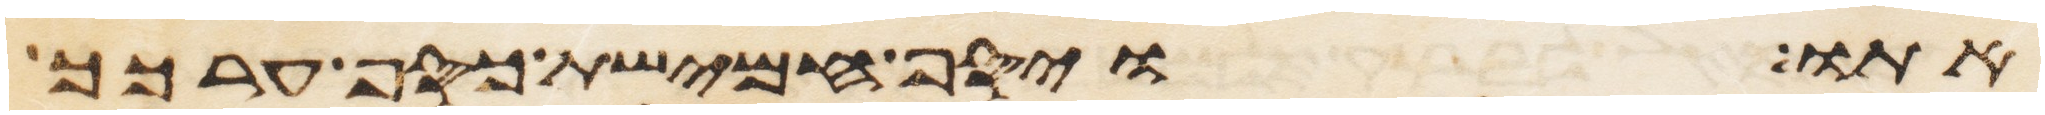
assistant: אתו ויסף חמישת כסף ערכך